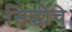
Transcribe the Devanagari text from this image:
सिद्धींचे